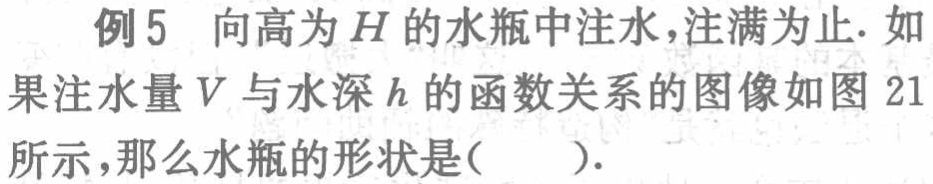
例5 向高为\(H\)的水瓶中注水，注满为止. 如果注水量\(V\)与水深\(h\)的函数关系的图像如图 21所示，那么水瓶的形状是(  ).